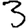
Digit: 3